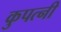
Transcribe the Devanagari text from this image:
कुपत्नी